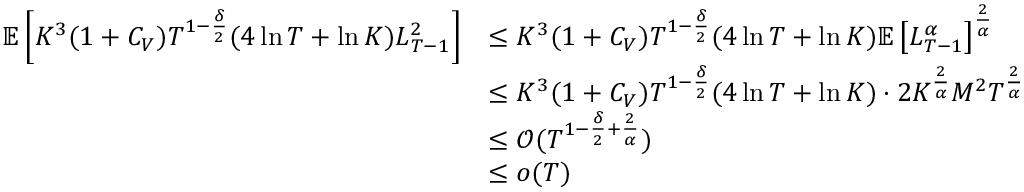
\begin{array} { r l } { \mathbb E \left[ K ^ { 3 } ( 1 + C _ { V } ) T ^ { 1 - \frac \delta 2 } ( 4 \ln T + \ln K ) L _ { T - 1 } ^ { 2 } \right] } & { \le K ^ { 3 } ( 1 + C _ { V } ) T ^ { 1 - \frac \delta 2 } ( 4 \ln T + \ln K ) \mathbb E \left[ L _ { T - 1 } ^ { \alpha } \right] ^ { \frac 2 \alpha } } \\ & { \le K ^ { 3 } ( 1 + C _ { V } ) T ^ { 1 - \frac \delta 2 } ( 4 \ln T + \ln K ) \cdot 2 K ^ { \frac 2 \alpha } M ^ { 2 } T ^ { \frac 2 \alpha } } \\ & { \le \operatorname { \mathcal O } ( T ^ { 1 - \frac \delta 2 + \frac 2 \alpha } ) } \\ & { \le o ( T ) } \end{array}